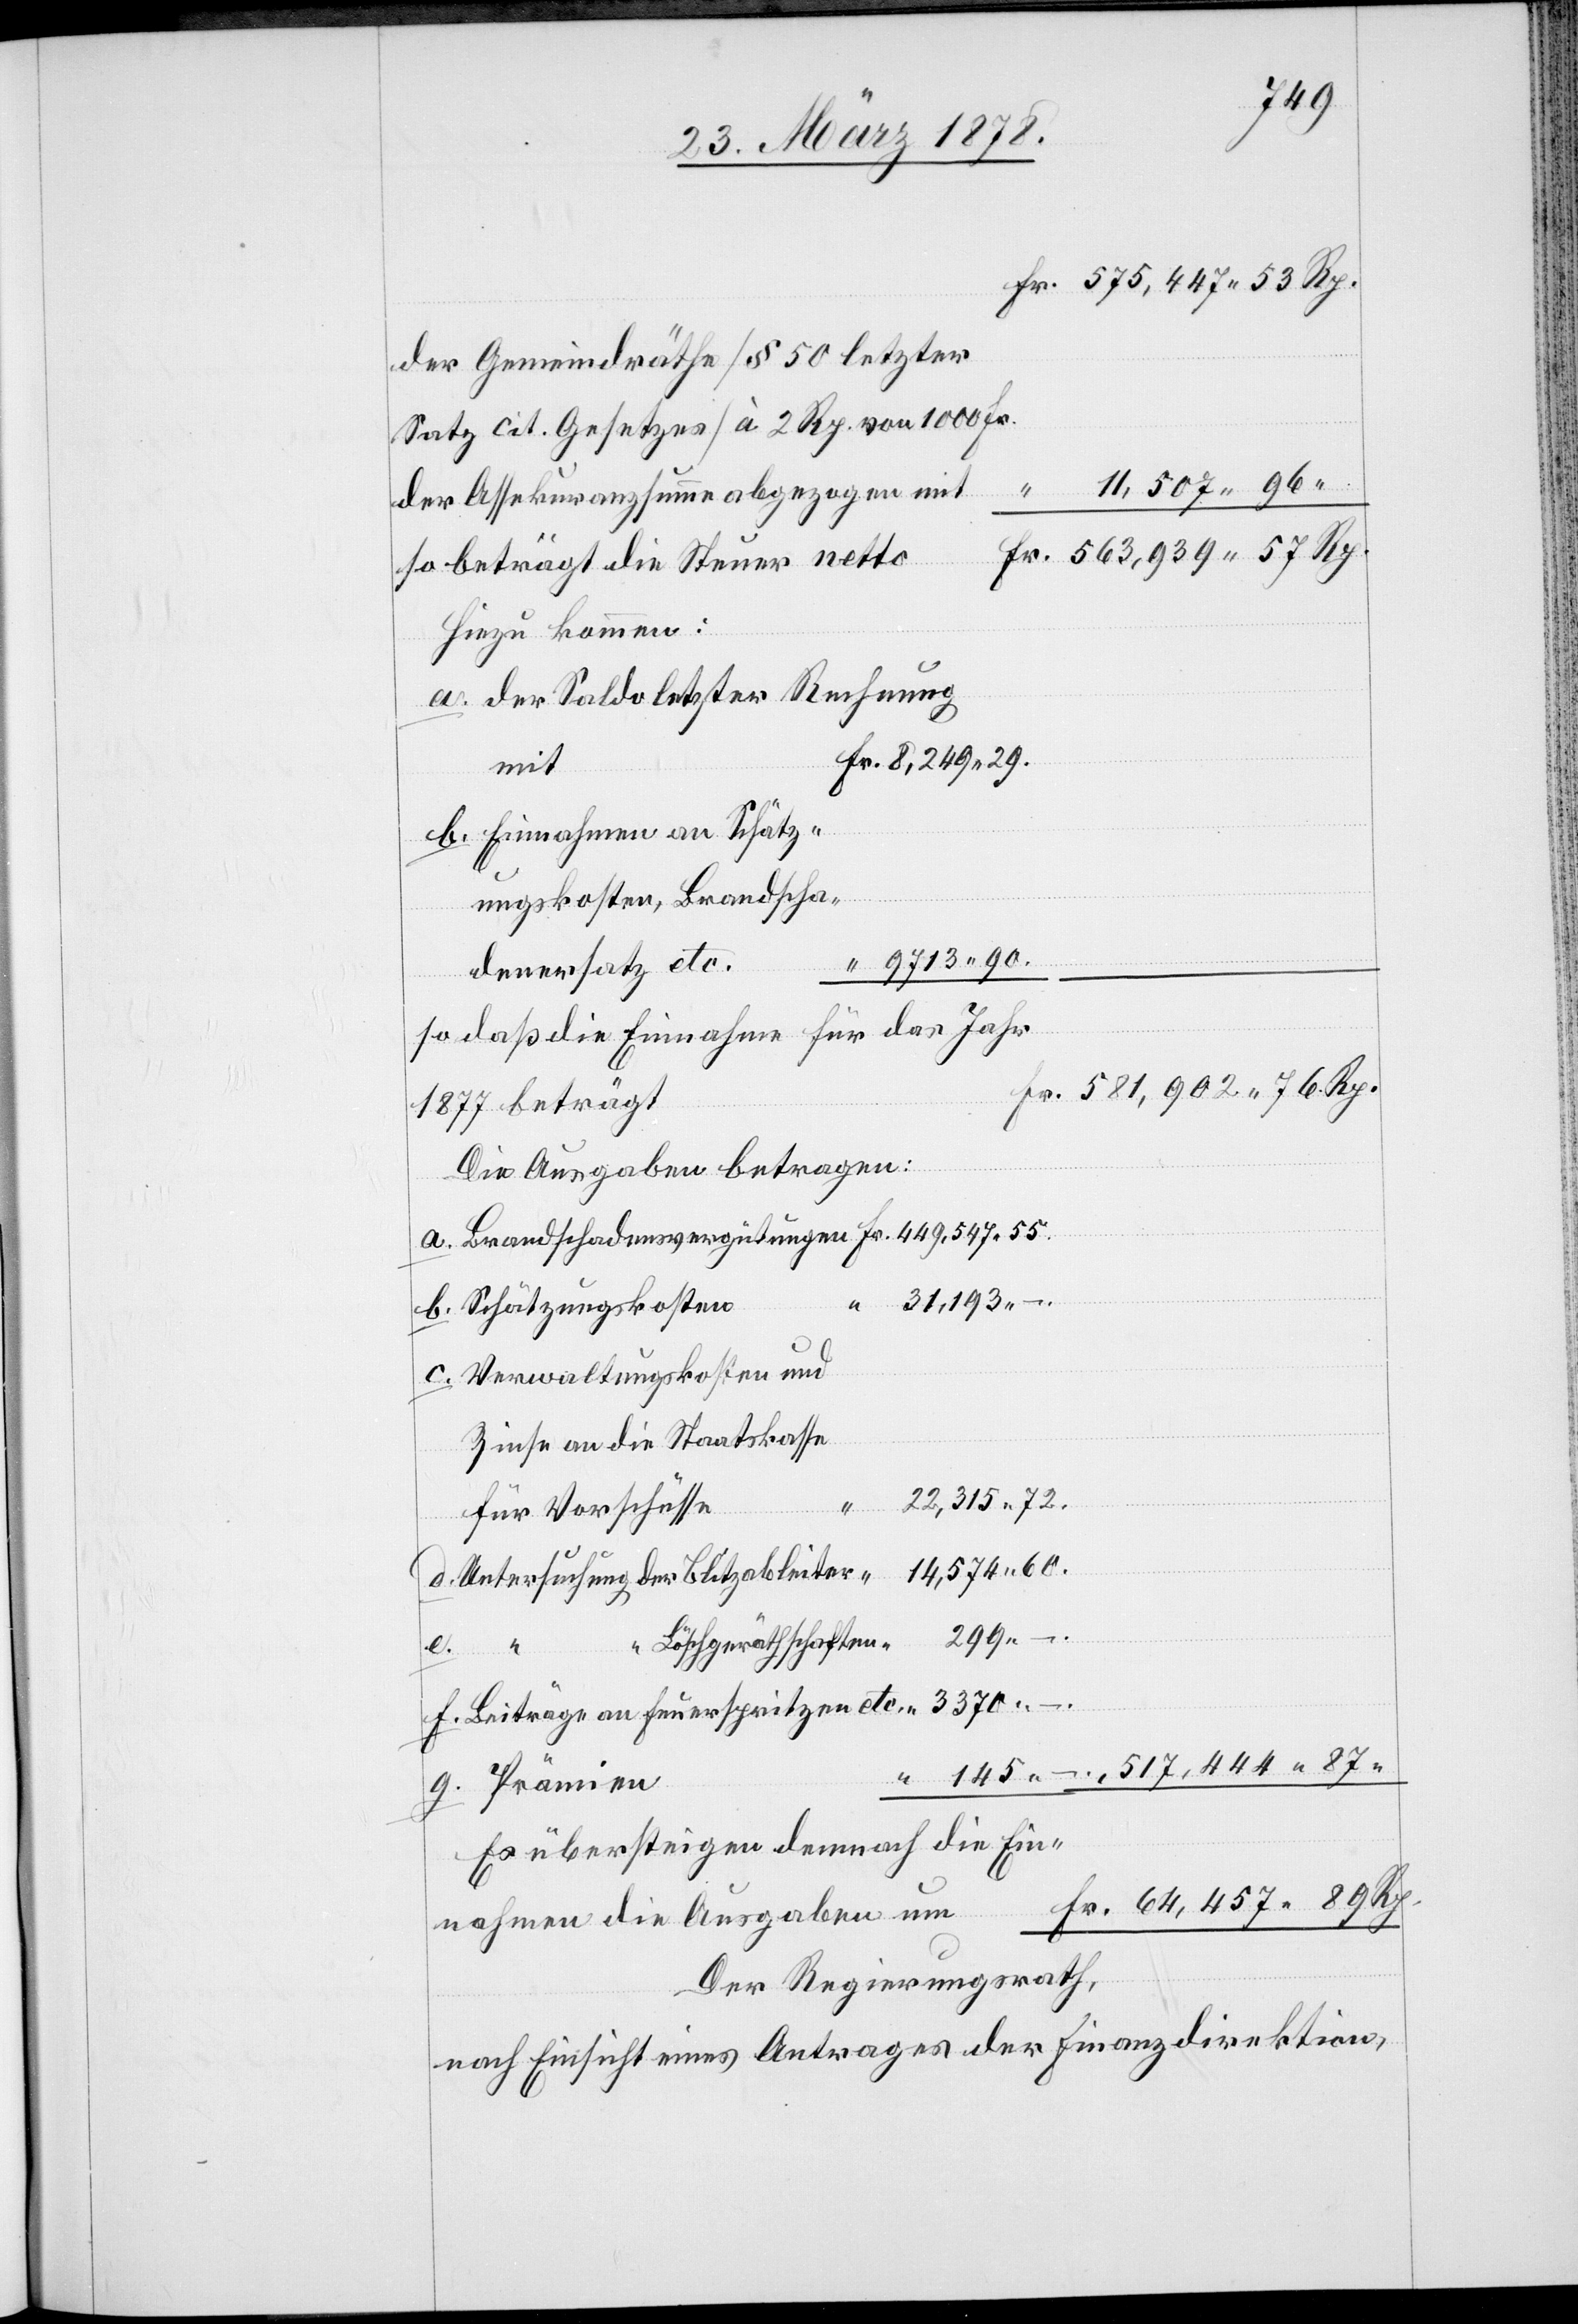
299.–
der Gemeindräthe (§ 50 letzter
Satz cit. Gesetzes) à 2 Rp. von 1000 Fr.
11,507. 96
der Assekuranzsumme abgezogen mit
“
so beträgt die Steuer netto
Hiezu kommen:
a. der Saldo letzter Rechnung
mit
b. Einnahmen an Schatz¬
ungskosten, Brandscha¬
9713. 90
denersatz etc.
so daß die Einnahme für das Jahr
1877 beträgt
Die Ausgaben betragen:
b. Schätzungskosten
c. Verwaltungskosten und
Zinse an die Staatskasse
22,315. 72.
für Vorschüsse
14,574. 60
d. Untersuchung der Blitzableiter
Löschgeräthschaften
a.
Fr.
3370.–
f. Beiträge an Feuerspritzen etc.
g. Prämien
Es übersteigen demnach die Ein¬
nahmen die Ausgaben um
Der Regierungsrath,
nach Einsicht eines Antrages der Finanzdirektion,